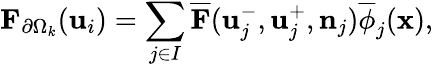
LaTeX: \mathbf{F}_{\partial\Omega_{k}}(\mathbf{u}_{i})=\sum_{j\in I}\overline{{\mathbf{F}}}(\mathbf{u}_{j}^{-},\mathbf{u}_{j}^{+},\mathbf{n}_{j})\overline{{\phi}}_{j}(\mathbf{x}),